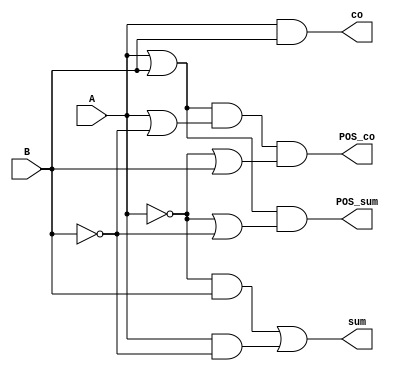
module my_half_adder(

    input A,
    
    input B,
    
    output sum,
    
    output co,
    
    output POS_sum,
    
    output POS_co
    
    );
    
    
    assign sum = (~A & B) | (A & ~B);
   
    assign co = (A & B);
    
    assign POS_sum = (A | B) & (~A | ~B);
    
    assign POS_co = (A | B) & (A | ~B) & (~A | B);
    
    
    
    
endmodule